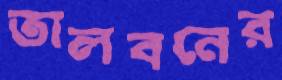
তালবনের